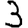
Digit: 3